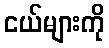
ငယ်များကို